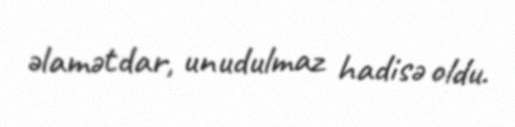
əlamətdar, unudulmaz hadisə oldu.